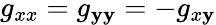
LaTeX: g_{xx}=g_{\mathbf{y}\mathbf{y}}=-g_{x\mathbf{y}}